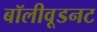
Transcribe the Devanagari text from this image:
बॉलीवूडनट